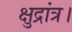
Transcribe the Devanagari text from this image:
क्षुद्रांत्र।